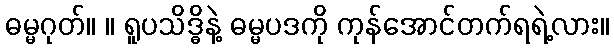
ဓမ္မဂုတ်။ ။ ရူပသိဒ္ဓိနဲ့ ဓမ္မပဒကို ကုန်အောင်တက်ရရဲ့လား။